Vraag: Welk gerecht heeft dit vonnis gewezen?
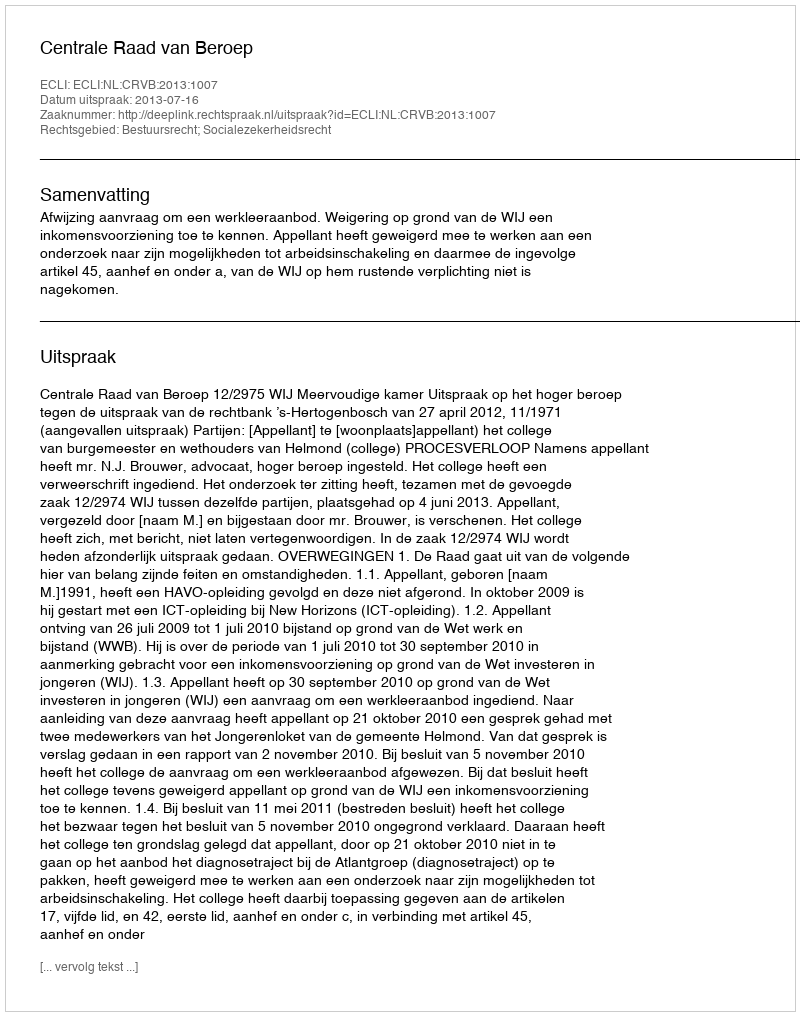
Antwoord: Centrale Raad van Beroep